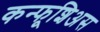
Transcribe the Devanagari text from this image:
कन्फूशिअस